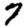
Digit: 7